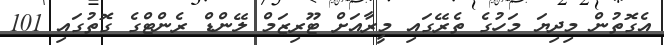
އެގޮތުން މިދިޔަ މަހުގެ ތެރޭގައި މީރާއަށް ޓޫރިޒަމް ލޭންޑް ރެންޓްގެ ގޮތުގައި 101